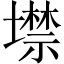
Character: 𡑲